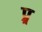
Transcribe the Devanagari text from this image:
प्र्र